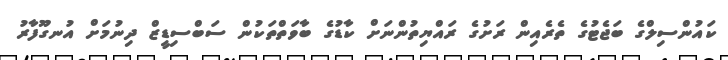
ކައުންސިލްގެ ބަޖެޓުގެ ތެރެއިން ރަށުގެ ރައްޔިތުންނަށް ކާޑުގެ ބާވަތްތަކުން ސަބްސިޑީޒް ދިނުމަށް އުނގޫފާރު